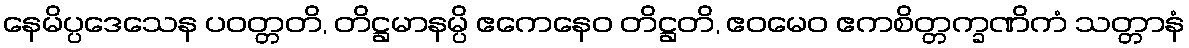
နေမိပ္ပဒေသေန ပဝတ္တတိ, တိဋ္ဌမာနမ္ပိ ဧကေနေဝ တိဋ္ဌတိ, ဧဝမေဝ ဧကစိတ္တက္ခဏိကံ သတ္တာနံ